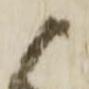
候